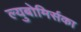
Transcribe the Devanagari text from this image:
ल्युबोमिर्सका